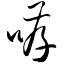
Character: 哮